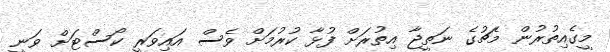
މީގެއިތުރުން މެޗުގެ ނަތީޖާ އިތުރަށް ފުޅާ ކުރުމަށް ވެސް އައިވަރީ ކޯސްޓަށް ވަނީ